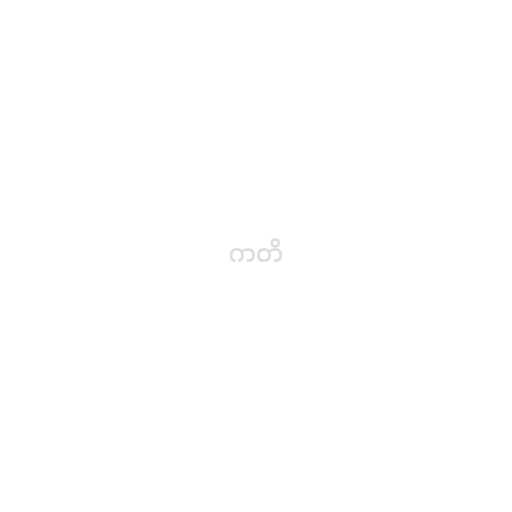
ကတိ